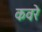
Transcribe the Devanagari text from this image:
कवरे